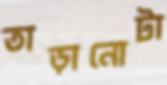
তাড়ানোটা